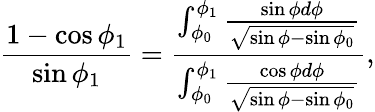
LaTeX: \frac{1-\cos\phi_{1}}{\sin\phi_{1}}=\frac{\int_{\phi_{0}}^{\phi_{1}}\frac{\sin\phi d\phi}{\sqrt{\sin\phi-\sin\phi_{0}}}}{\int_{\phi_{0}}^{\phi_{1}}\frac{\cos\phi d\phi}{\sqrt{\sin\phi-\sin\phi_{0}}}},